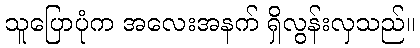
သူပြောပုံက အလေးအနက် ရှိလွန်းလှသည်။